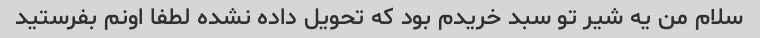
سلام من یه شیر تو سبد خریدم بود که تحویل داده نشده لطفا اونم بفرستید